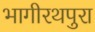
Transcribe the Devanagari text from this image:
भागीरथपुरा